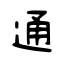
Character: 通